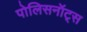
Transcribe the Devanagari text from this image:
पोलिसनॉट्स